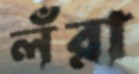
লঁরা